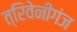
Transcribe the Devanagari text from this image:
त्रिवेनीगंज